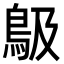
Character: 𩾶